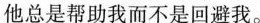
他总是帮助我而不是回避我。